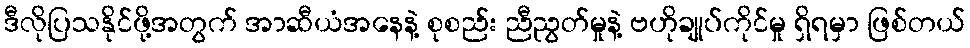
ဒီလိုပြသနိုင်ဖို့အတွက် အာဆီယံအနေနဲ့ စုစည်း ညီညွတ်မှုနဲ့ ဗဟိုချုပ်ကိုင်မှု ရှိရမှာ ဖြစ်တယ်